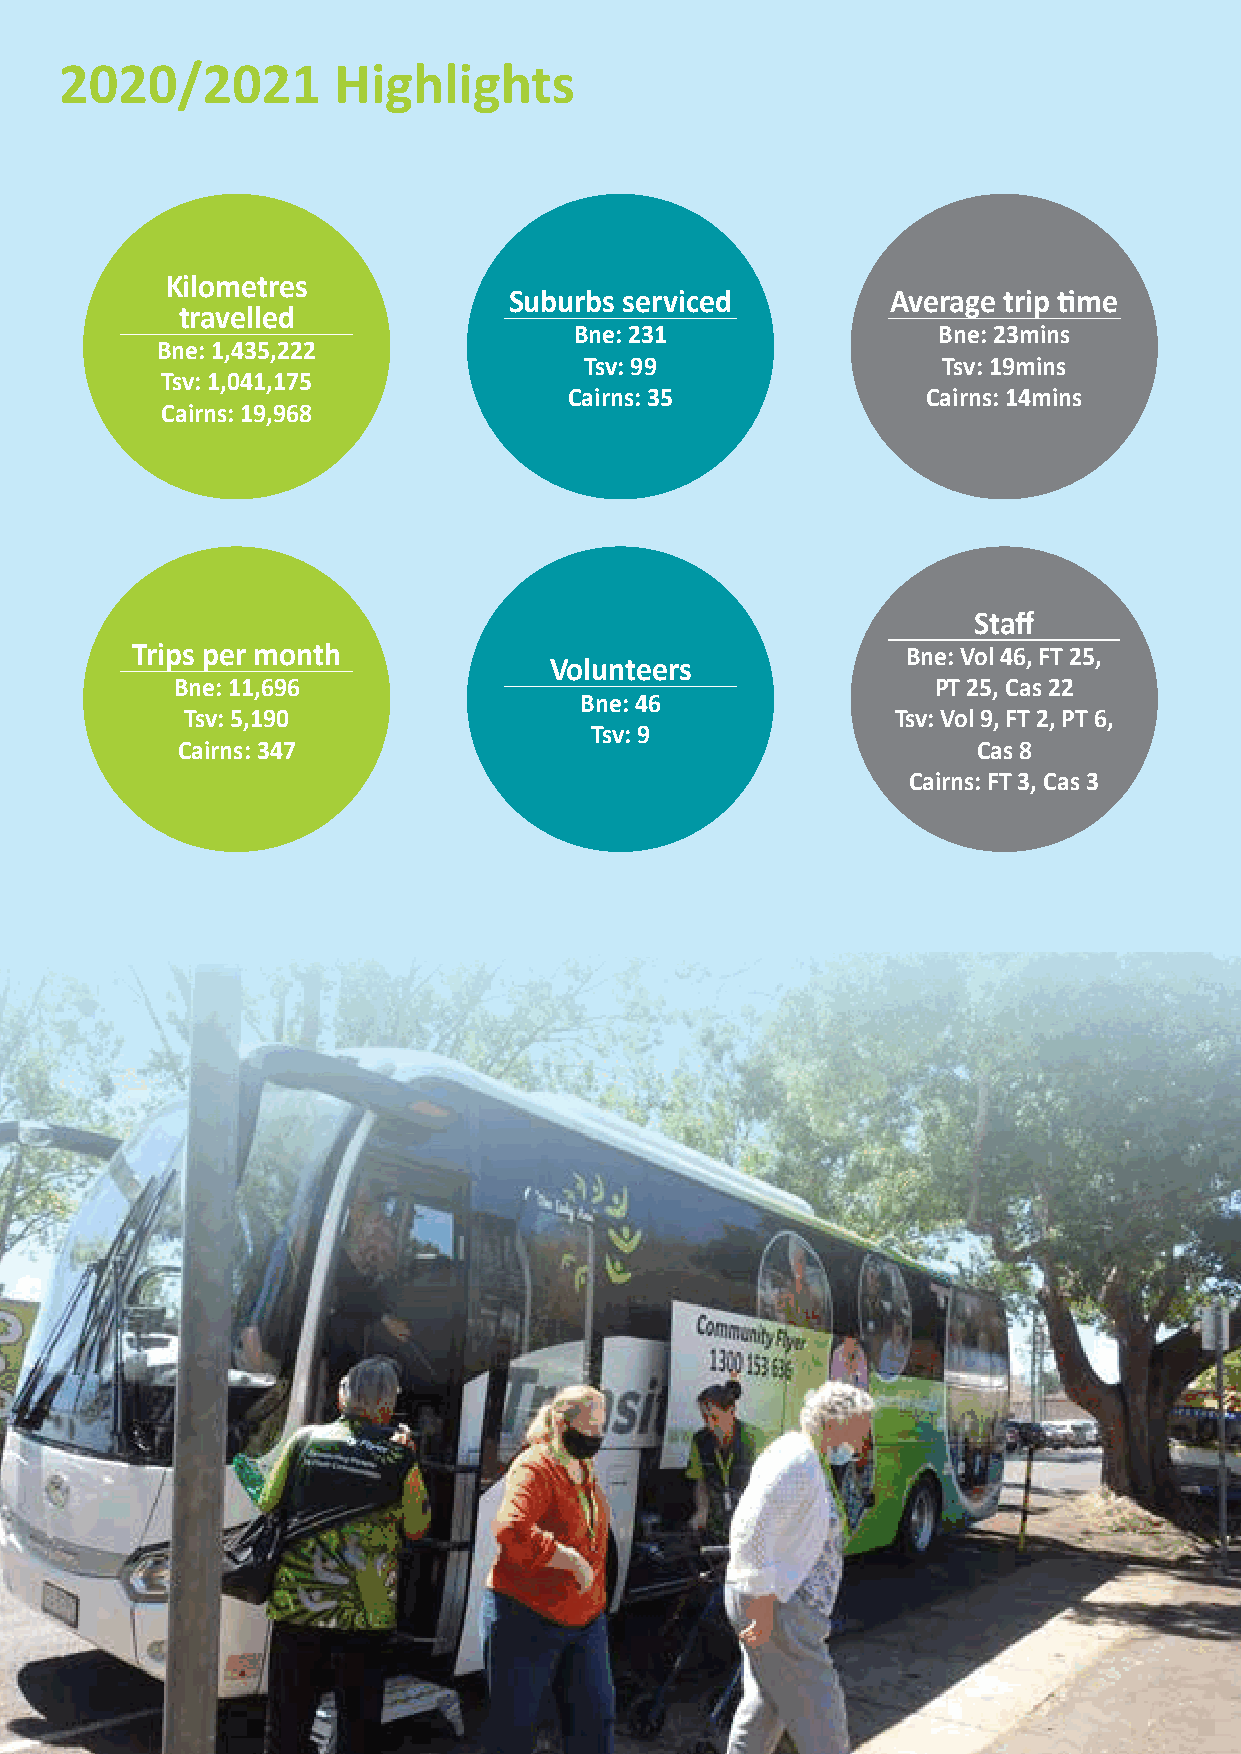
2020/2021         Highlights
 Kilometres
 Suburbs serviced         Average trip time
 travelled
 Bne: 231                Bne: 23mins
 Bne: 1,435,222
 Tsv: 99                Tsv: 19mins
 Tsv: 1,041,175
 Cairns: 35             Cairns: 14mins
 Cairns: 19,968
 Staff
 Trips per month                                    Bne: Vol 46, FT 25,
 Volunteers
 Bne: 11,696                                        PT 25, Cas 22
 Bne: 46
 Tsv: 5,190                                     Tsv: Vol 9, FT 2, PT 6,
 Tsv: 9
 Cairns: 347                                          Cas 8
 Cairns: FT 3, Cas 3
 Page 6